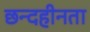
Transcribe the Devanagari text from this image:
छन्दहीनता